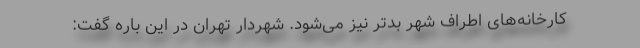
کارخانه‌های اطراف شهر بدتر نیز می‌شود. شهردار تهران در این باره گفت: